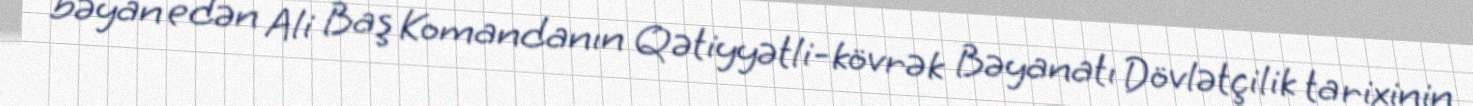
bəyan edən Ali Baş Komandanın Qətiyyətli-kövrək Bəyanatı Dövlətçilik tarixinin